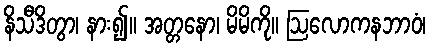
နိသီဒိတွာ၊ နား၍။ အတ္တနော၊ မိမိကို။ ဩလောကနဘာဝံ၊